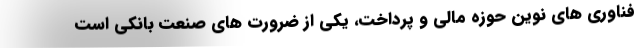
فناوری های نوین حوزه مالی و پرداخت، یکی از ضرورت های صنعت بانکی است